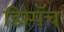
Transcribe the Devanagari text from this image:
डिस्पॅच